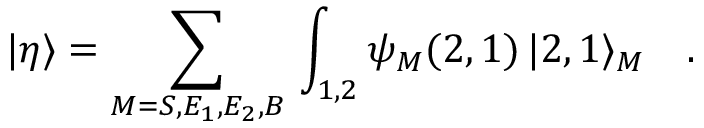
| \eta \rangle = \sum _ { M = S , E _ { 1 } , E _ { 2 } , B } \, \int _ { 1 , 2 } \psi _ { M } ( 2 , 1 ) \, | 2 , 1 \rangle _ { M } \quad .